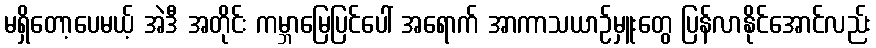
မရှိတော့ပေမယ့် အဲဒီ အတိုင်း ကမ္ဘာမြေပြင်ပေါ် အရောက် အာကာသယာဉ်မှူးတွေ ပြန်လာနိုင်အောင်လည်း